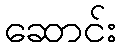
ဆောင်း